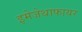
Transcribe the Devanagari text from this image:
इमेजेथाफायर